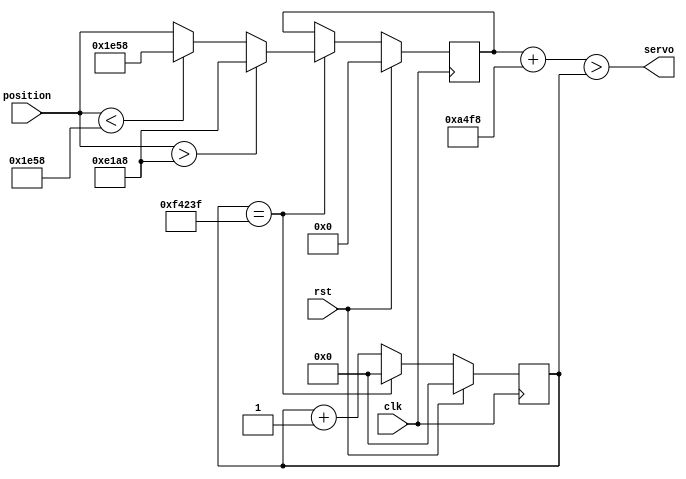
/*
   This file was generated automatically by the Mojo IDE version B1.3.6.
   Do not edit this file directly. Instead edit the original Lucid source.
   This is a temporary file and any changes made to it will be destroyed.
*/

/*
   Parameters:
     CLOCK_FREQ = 50000000
     MIN_MAX_DIFF = 500
     CENTER_WIDTH = 1500
     PERIOD = 20000
     RESOLUTION = 16
*/
module servo_2 (
    input clk,
    input rst,
    input [15:0] position,
    output reg servo
  );
  
  localparam CLOCK_FREQ = 26'h2faf080;
  localparam MIN_MAX_DIFF = 9'h1f4;
  localparam CENTER_WIDTH = 11'h5dc;
  localparam PERIOD = 15'h4e20;
  localparam RESOLUTION = 5'h10;
  
  
  localparam TOP = 41'h000000f4240;
  
  localparam MIN_MAX = 35'h0000061a8;
  
  localparam SHIFT = 6'h00;
  
  localparam OFFSET = 38'h000000a4f8;
  
  reg [15:0] M_pos_d, M_pos_q = 1'h0;
  reg [19:0] M_ctr_d, M_ctr_q = 1'h0;
  
  always @* begin
    M_ctr_d = M_ctr_q;
    M_pos_d = M_pos_q;
    
    M_ctr_d = M_ctr_q + 1'h1;
    if (M_ctr_q == 42'h000000f423f) begin
      if (position > 36'h00000e1a8) begin
        M_pos_d = 36'h00000e1a8;
      end else begin
        if (position < 36'h000001e58) begin
          M_pos_d = 36'h000001e58;
        end else begin
          M_pos_d = position;
        end
      end
      M_ctr_d = 1'h0;
    end
    servo = (M_pos_q << 6'h00) + 38'h000000a4f8 > M_ctr_q;
  end
  
  always @(posedge clk) begin
    if (rst == 1'b1) begin
      M_pos_q <= 1'h0;
      M_ctr_q <= 1'h0;
    end else begin
      M_pos_q <= M_pos_d;
      M_ctr_q <= M_ctr_d;
    end
  end
  
endmodule